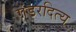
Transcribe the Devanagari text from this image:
गंडरदित्य